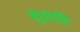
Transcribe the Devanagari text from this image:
सूडादि